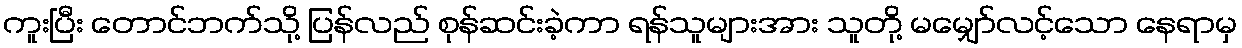
ကူးပြီး တောင်ဘက်သို့ ပြန်လည် စုန်ဆင်းခဲ့ကာ ရန်သူများအား သူတို့ မမျှော်လင့်သော နေရာမှ